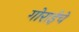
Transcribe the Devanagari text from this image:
गोराईचे